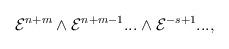
LaTeX: \begin{align*}{\cal E}^{n+m} \wedge {\cal E}^{n+m-1} ... \wedge {\cal E}^{-s + 1} ...,\end{align*}